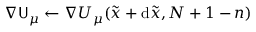
\nabla \mathsf { { U } } _ { \mu } \gets \nabla U _ { \mu } ( \tilde { { \boldsymbol { x } } } + \mathrm { d } \tilde { { \boldsymbol { x } } } , N + 1 - n )